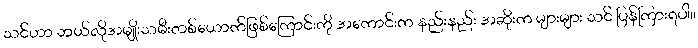
သင်ဟာ ဘယ်လိုအမျိုးသမီးတစ်ယောက်ဖြစ်ကြောင်းကို အကောင်းက နည်းနည်း အဆိုးက များများ သင် ပြန်ကြားရပါ။